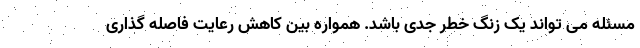
مسئله می تواند یک زنگ خطر جدی باشد. همواره بین کاهش رعایت فاصله گذاری